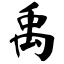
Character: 禹